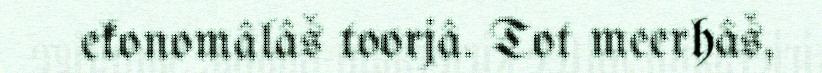
ekonomâlâš toorjâ. Tot meerhâš,